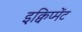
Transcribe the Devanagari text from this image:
इक्विप्मेंट